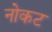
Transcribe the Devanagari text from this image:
नोकट